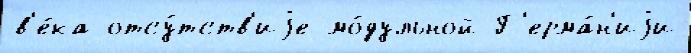
в'е́ка отсу́тств'иjе мо́дульной Г'ерма́н'иjи